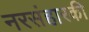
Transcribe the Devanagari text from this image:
नरसंहारकी